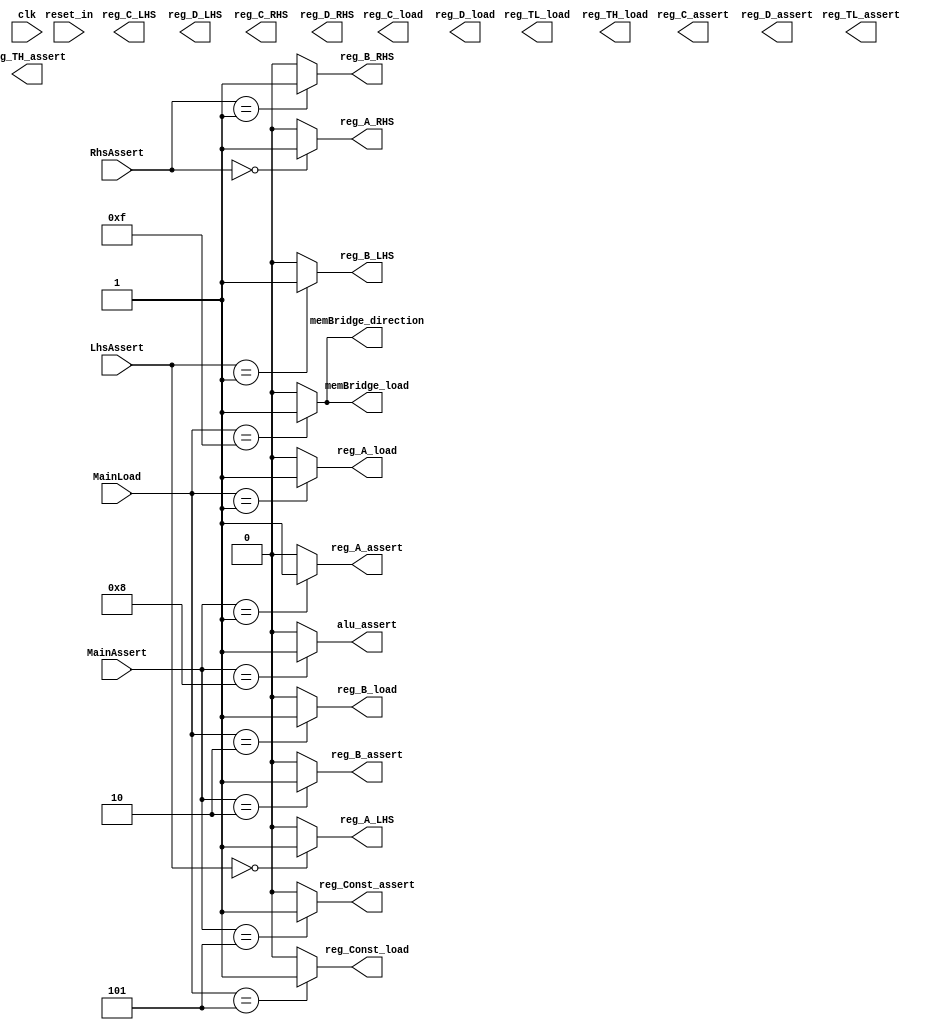
module buscontrol
(
    input clk,
    input reset_in,
    input [3:0] MainAssert,
    input [3:0] MainLoad,
    input [1:0] LhsAssert,
    input [1:0] RhsAssert,

    output reg_A_LHS,
    output reg_B_LHS,
    output reg_C_LHS,
    output reg_D_LHS,
    output reg_A_RHS,
    output reg_B_RHS,
    output reg_C_RHS,
    output reg_D_RHS,
    output reg_A_assert,
    output reg_B_assert,
    output reg_C_assert,
    output reg_D_assert,
    output reg_Const_assert,
    output reg_TL_assert,
    output reg_TH_assert,
    output alu_assert,
    output reg_A_load,
    output reg_B_load,
    output reg_C_load,
    output reg_D_load,
    output reg_Const_load,
    output reg_TL_load,
    output reg_TH_load,
    output memBridge_load,
    output memBridge_direction
);

assign reg_A_load = MainLoad == 1 ? 'b1 : 'b0;
assign reg_A_assert = (MainAssert == 1) ? 'b1 : 'b0;
assign reg_A_LHS = (LhsAssert == 0) ? 'b1 : 'b0;
assign reg_A_RHS = (RhsAssert == 0) ? 'b1 : 'b0;

assign reg_B_load = MainLoad == 2 ? 'b1 : 'b0;
assign reg_B_assert = (MainAssert == 2) ? 'b1 : 'b0;
assign reg_B_LHS = (LhsAssert == 1) ? 'b1 : 'b0;
assign reg_B_RHS = (RhsAssert == 1) ? 'b1 : 'b0;

assign reg_Const_load = MainLoad == 5 ? 'b1 : 'b0;
assign reg_Const_assert = MainAssert == 5 ? 'b1 : 'b0;

assign alu_assert = MainAssert == 8 ? 'b1 : 'b0;

assign memBridge_load = MainLoad == 15 ? 'b1 : 'b0;
assign memBridge_direction = MainLoad == 15 ? 'b1 : 'b0;




endmodule